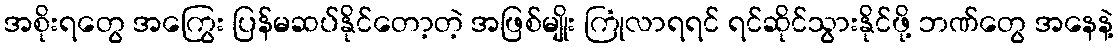
အစိုးရတွေ အကြွေး ပြန်မဆပ်နိုင်တော့တဲ့ အဖြစ်မျိုး ကြုံလာရရင် ရင်ဆိုင်သွားနိုင်ဖို့ ဘဏ်တွေ အနေနဲ့